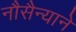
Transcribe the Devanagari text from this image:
नौसैन्याने